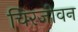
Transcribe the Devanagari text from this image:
चिरजीवन